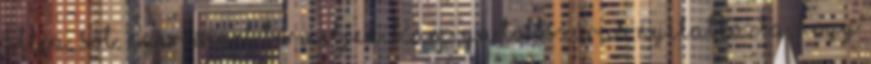
állja, sőt, nyereséget termeljen. Kamiya többször is nyilatkozta, hogy